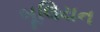
બૂલિયન